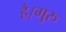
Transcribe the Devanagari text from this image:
है।गुरु